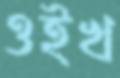
ওইখ